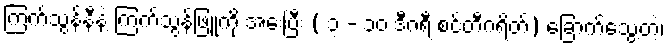
ကြက်သွန်နီနဲ့ ကြက်သွန်ဖြူကို အေးပြီး ( ၃ - ၁၀ ဒီဂရီ စင်တီဂရိတ်) ခြောက်သွေ့တဲ့၊